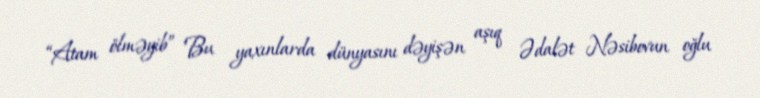
“Atam ölməyib” Bu yaxınlarda dünyasını dəyişən aşıq Ədalət Nəsibovun oğlu